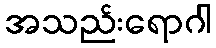
အသည်းရောဂါ